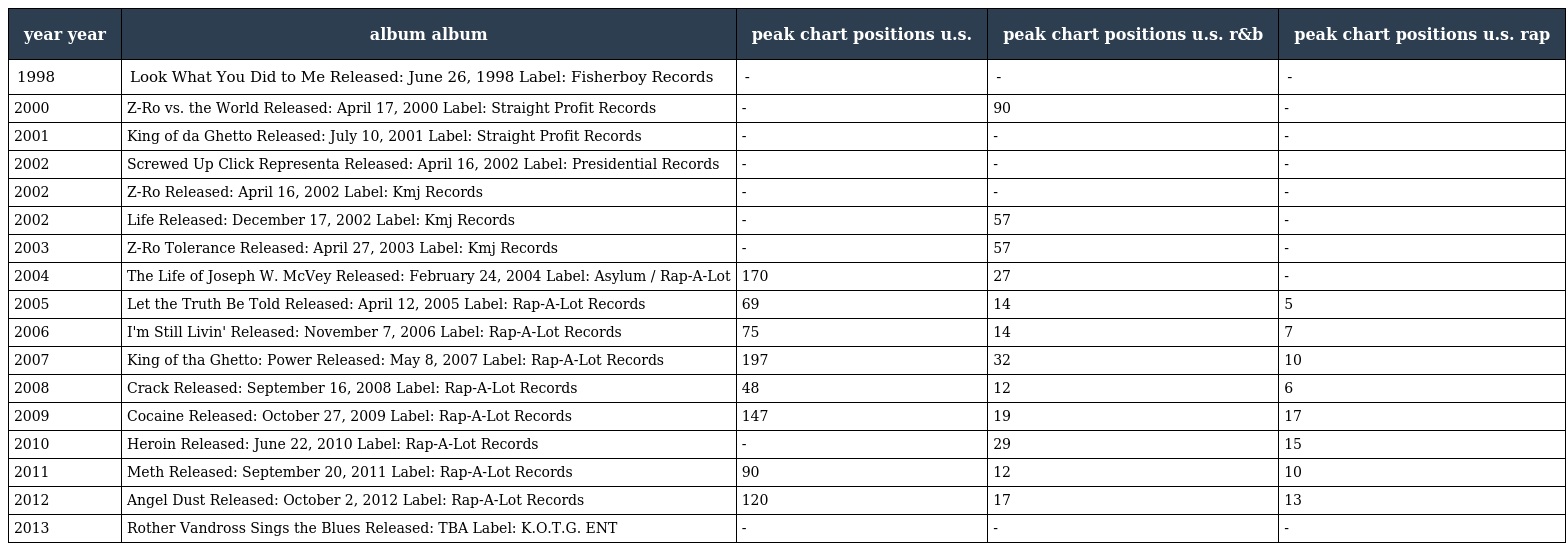
| year year | album album | peak chart positions u.s. | peak chart positions u.s. r&b | peak chart positions u.s. rap |
 | --- | --- | --- | --- | --- |
 | 1998 | Look What You Did to Me Released: June 26, 1998 Label: Fisherboy Records | - | - | - |
 | 2000 | Z-Ro vs. the World Released: April 17, 2000 Label: Straight Profit Records | - | 90 | - |
 | 2001 | King of da Ghetto Released: July 10, 2001 Label: Straight Profit Records | - | - | - |
 | 2002 | Screwed Up Click Representa Released: April 16, 2002 Label: Presidential Records | - | - | - |
 | 2002 | Z-Ro Released: April 16, 2002 Label: Kmj Records | - | - | - |
 | 2002 | Life Released: December 17, 2002 Label: Kmj Records | - | 57 | - |
 | 2003 | Z-Ro Tolerance Released: April 27, 2003 Label: Kmj Records | - | 57 | - |
 | 2004 | The Life of Joseph W. McVey Released: February 24, 2004 Label: Asylum / Rap-A-Lot | 170 | 27 | - |
 | 2005 | Let the Truth Be Told Released: April 12, 2005 Label: Rap-A-Lot Records | 69 | 14 | 5 |
 | 2006 | I'm Still Livin' Released: November 7, 2006 Label: Rap-A-Lot Records | 75 | 14 | 7 |
 | 2007 | King of tha Ghetto: Power Released: May 8, 2007 Label: Rap-A-Lot Records | 197 | 32 | 10 |
 | 2008 | Crack Released: September 16, 2008 Label: Rap-A-Lot Records | 48 | 12 | 6 |
 | 2009 | Cocaine Released: October 27, 2009 Label: Rap-A-Lot Records | 147 | 19 | 17 |
 | 2010 | Heroin Released: June 22, 2010 Label: Rap-A-Lot Records | - | 29 | 15 |
 | 2011 | Meth Released: September 20, 2011 Label: Rap-A-Lot Records | 90 | 12 | 10 |
 | 2012 | Angel Dust Released: October 2, 2012 Label: Rap-A-Lot Records | 120 | 17 | 13 |
 | 2013 | Rother Vandross Sings the Blues Released: TBA Label: K.O.T.G. ENT | - | - | - |